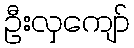
ဦးလှကျော်